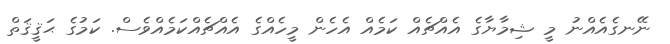
ނޭނގެއެއްނު މީ ޝިމާޔާގެ އެއްޗެއް ކަމެއް އެހެން މީހެއްގެ އެއްޗެއްކަމެއްވެސް. ކަމުގެ ޙަޤީޤަތް